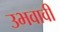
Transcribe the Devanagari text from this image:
उभवावी